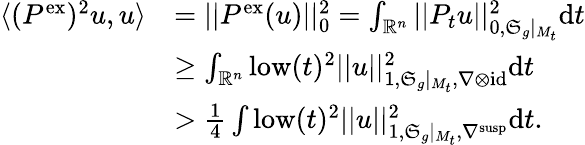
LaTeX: \begin{array}{rl}{\langle(P^{\mathrm{ex}})^{2}u,u\rangle}&{=||P^{\mathrm{ex}}(u)||_{0}^{2}=\int_{\mathord{\mathbb{R}}^{n}}||P_{t}u||_{0,\mathfrak{S}_{g}|_{M_{t}}}^{2}\mathrm{d}t}\\ &{\geq\int_{\mathord{\mathbb{R}}^{n}}\mathrm{low}(t)^{2}||u||_{1,\mathfrak{S}_{g}|_{M_{t}},\nabla\otimes\mathrm{id}}^{2}\mathrm{d}t}\\ &{>\frac{1}{4}\int\mathrm{low}(t)^{2}||u||_{1,\mathfrak{S}_{g}|_{M_{t}},\nabla^{\mathrm{susp}}}^{2}\mathrm{d}t.}\end{array}